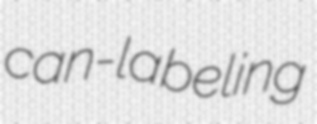
can-labeling